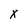
Character: x